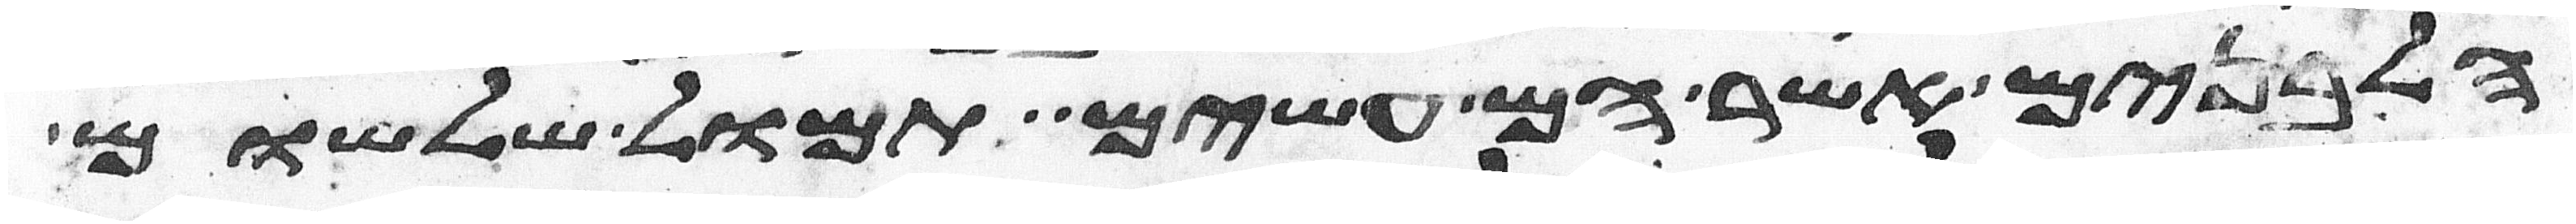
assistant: הלבנים אשר הם עשים תמול שלשום